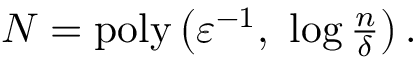
\begin{array} { r } { N = \mathrm { p o l y } \left( \varepsilon ^ { - 1 } , \ \log \frac { n } { \delta } \right) . } \end{array}